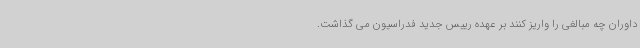
داوران چه مبالغی را واریز کنند بر عهده رییس جدید فدراسیون می گذاشت.